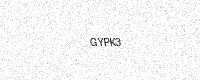
Text: GYPK3